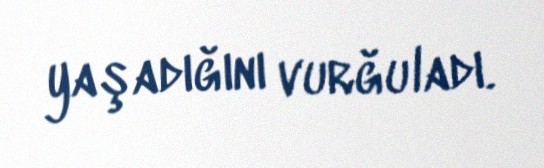
yaşadığını vurğuladı.